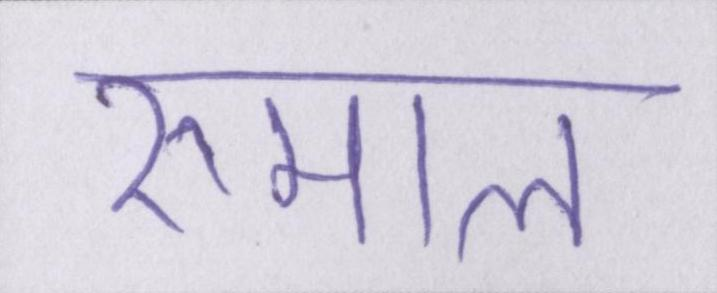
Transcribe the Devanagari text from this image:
रुमाल